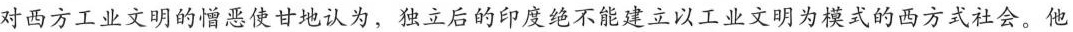
对西方工业文明的憎恶使甘地认为，独立后的印度绝不能建立以工业文明为模式的西方式社会。他